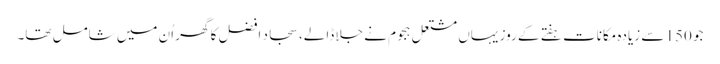
جو 150 سے زیادہ مکانات ہفتے کے روز یہاں مشتعل ہجوم نے جلا ڈالے، سجاد افضل کا گھر اُن میں شامل تھا۔